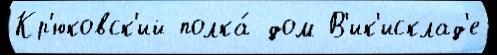
Кр'юковск'ий полка́ дом В'ик'исклад'е